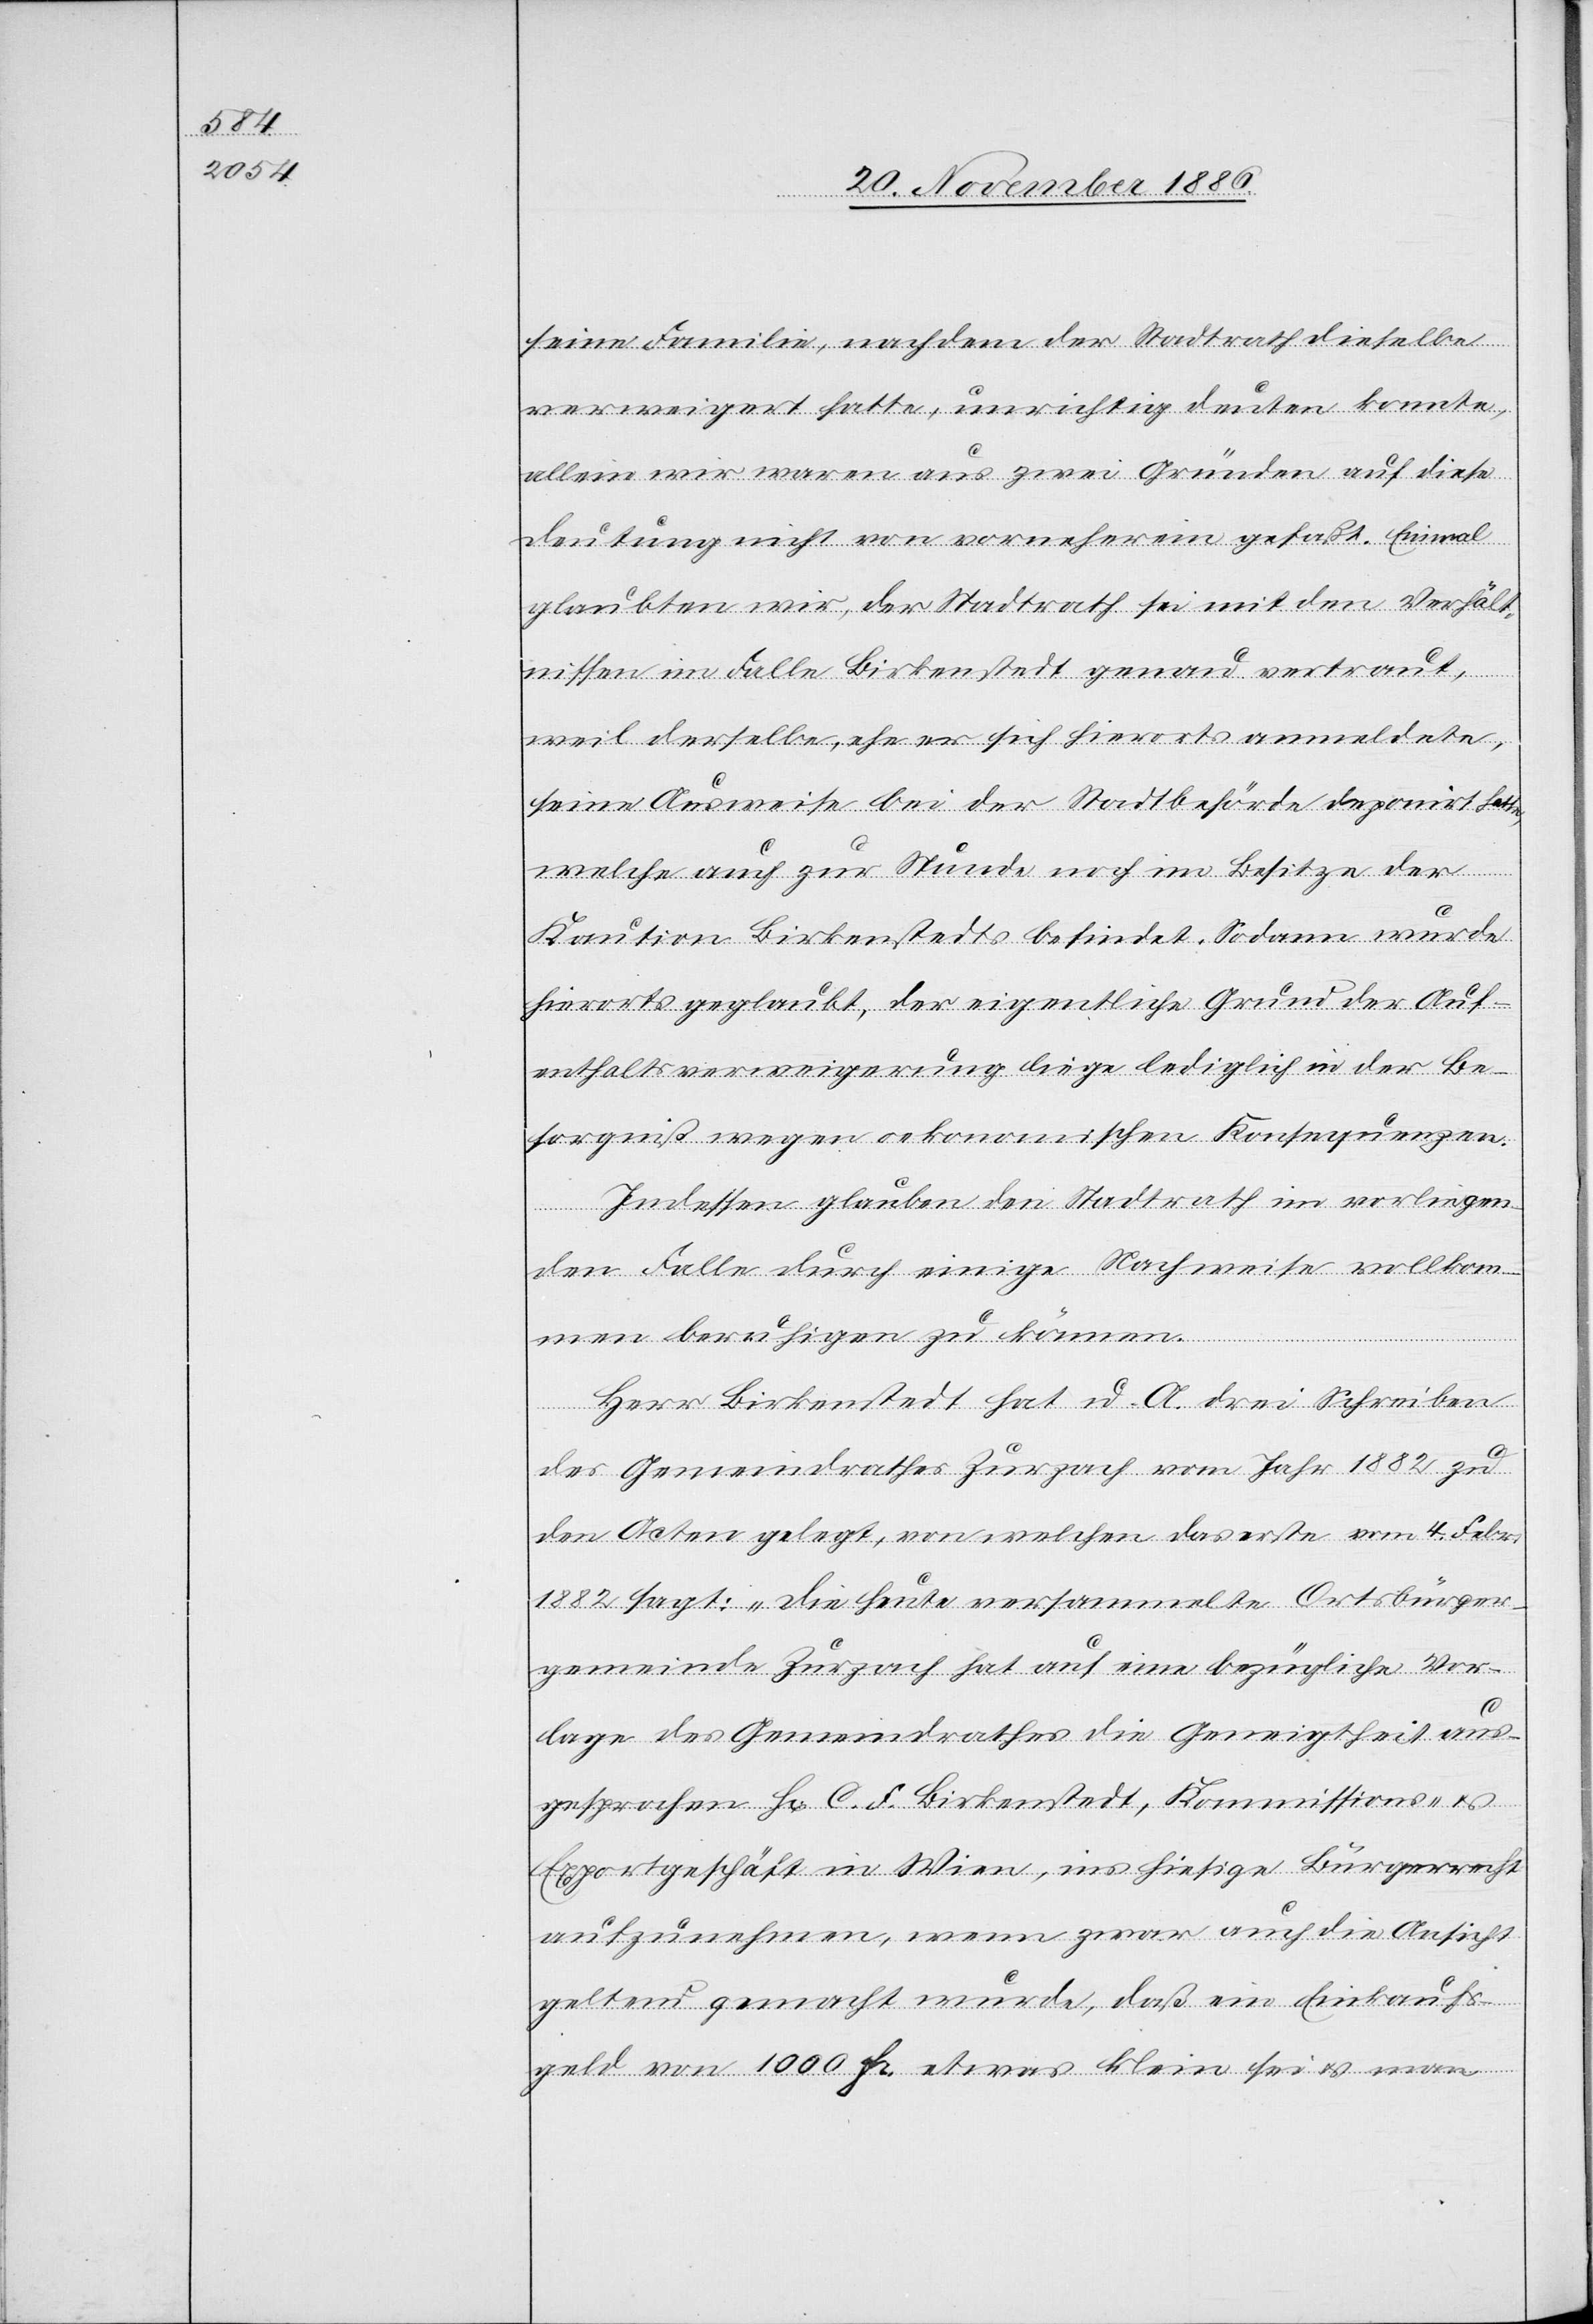
seine Familie, nachdem der Stadtrath dieselbe
verweigert hatte, unrichtig deuten konnte,
allein wir waren aus zwei Gründen auf diese
Deutung nicht von vorneherein gefaßt. Einmal
glaubten wir, der Stadtrath sei mit den Verhält¬
nissen im Falle Birkenstedt genau vertraut,
weil derselbe, ehe er sich hierorts anmeldete,
seine Ausweise bei der Stadtbehörde deponirt hatt¬
[sich] auch zur Stunde noch im Besitze der
Kaution Birkenstedts befindet. Sodann wurde
hierorts geglaubt, der eigentliche Grund der Auf¬
enthaltsverweigerung liege lediglich in der Be¬
sorgniß wegen oekonomischen Konsequenzen.
Indessen glauben [wir] den Stadtrath im vorliegen¬
e, welche
den Falle durch einige Nachweise vollkom¬
men beruhigen zu können.
Herr Birkenstedt hat u. A. drei Schreiben
des Gemeindrathes Zurzach vom Jahr 1882 zu
den Acten gelegt, von welchen das erste vom 4. Febr.
1882 sagt: „Die heute versammelte Ortsbürger¬
gemeinde Zurzach hat auf eine bezügliche Vor¬
lage des Gemeindrathes die Geneigtheit aus¬
gesprochen H[errn] C. F. Birkenstedt, Kommissions- &
Exportgeschäft in Wien, ins hiesige Bürgerrecht
aufzunehmen, wenn zwar auch die Ansicht
geltend gemacht wurde, daß ein Einkaufs¬
geld von 1000 Fr. etwas klein sei & man